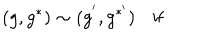
( g , g ^ { * } ) \sim ( g ^ { ' } , g ^ { * ^ { \prime } } ) \ \ \, \ \mathrm { i f }